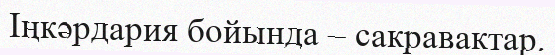
Іңкәрдария бойында – сакравактар.